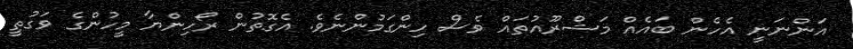
އަންނަނީ އެހެން ބައެއް މަޝްރޫއުތައް ވެސް ހިންގަމުންނެވެ. އެގޮތުން ރޯހިންޔާ މީހުންގެ ވަގުތީ